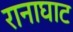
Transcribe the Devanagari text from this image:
रानाघाट